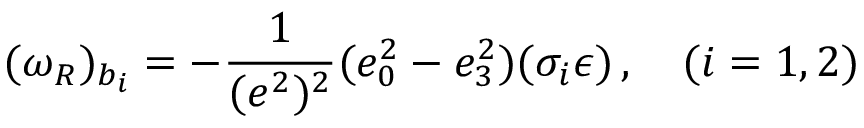
( \omega _ { R } ) _ { b _ { i } } = - \frac 1 { ( e ^ { 2 } ) ^ { 2 } } ( e _ { 0 } ^ { 2 } - e _ { 3 } ^ { 2 } ) ( \sigma _ { i } \epsilon ) \, , \quad ( i = 1 , 2 )